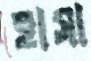
হাসা